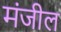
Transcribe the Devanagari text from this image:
मंजील